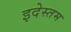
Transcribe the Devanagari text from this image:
इदेस्तम